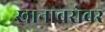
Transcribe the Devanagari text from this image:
खानाबरोबर